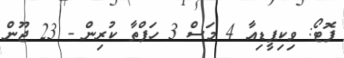
ފޮޓޯ: ވިކިޕީޑިއާ 4 މަސް 3 ހަފްތާ ކުރިން - 23 ޖޫން